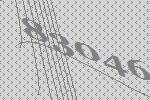
83046